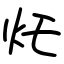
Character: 灹